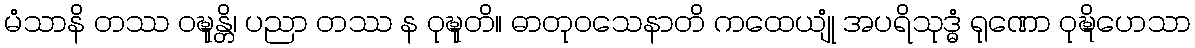
မံသာနိ တဿ ဝဍ္ဎုန္တိ၊ ပညာ တဿ န ဝုဍ္ဎုတိ။ ဓာတုဝသေနာတိ ကထေယျုံ အပရိသုဒ္ဓံ ရုဏော ဝုဍ္ဎိဟေသာ